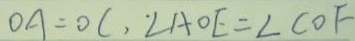
O A = O C , \angle A O E = \angle C O F